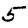
Digit: 5